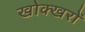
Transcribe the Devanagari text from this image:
खोक्खरों